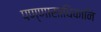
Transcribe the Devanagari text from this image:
पण्णासाधिकानि